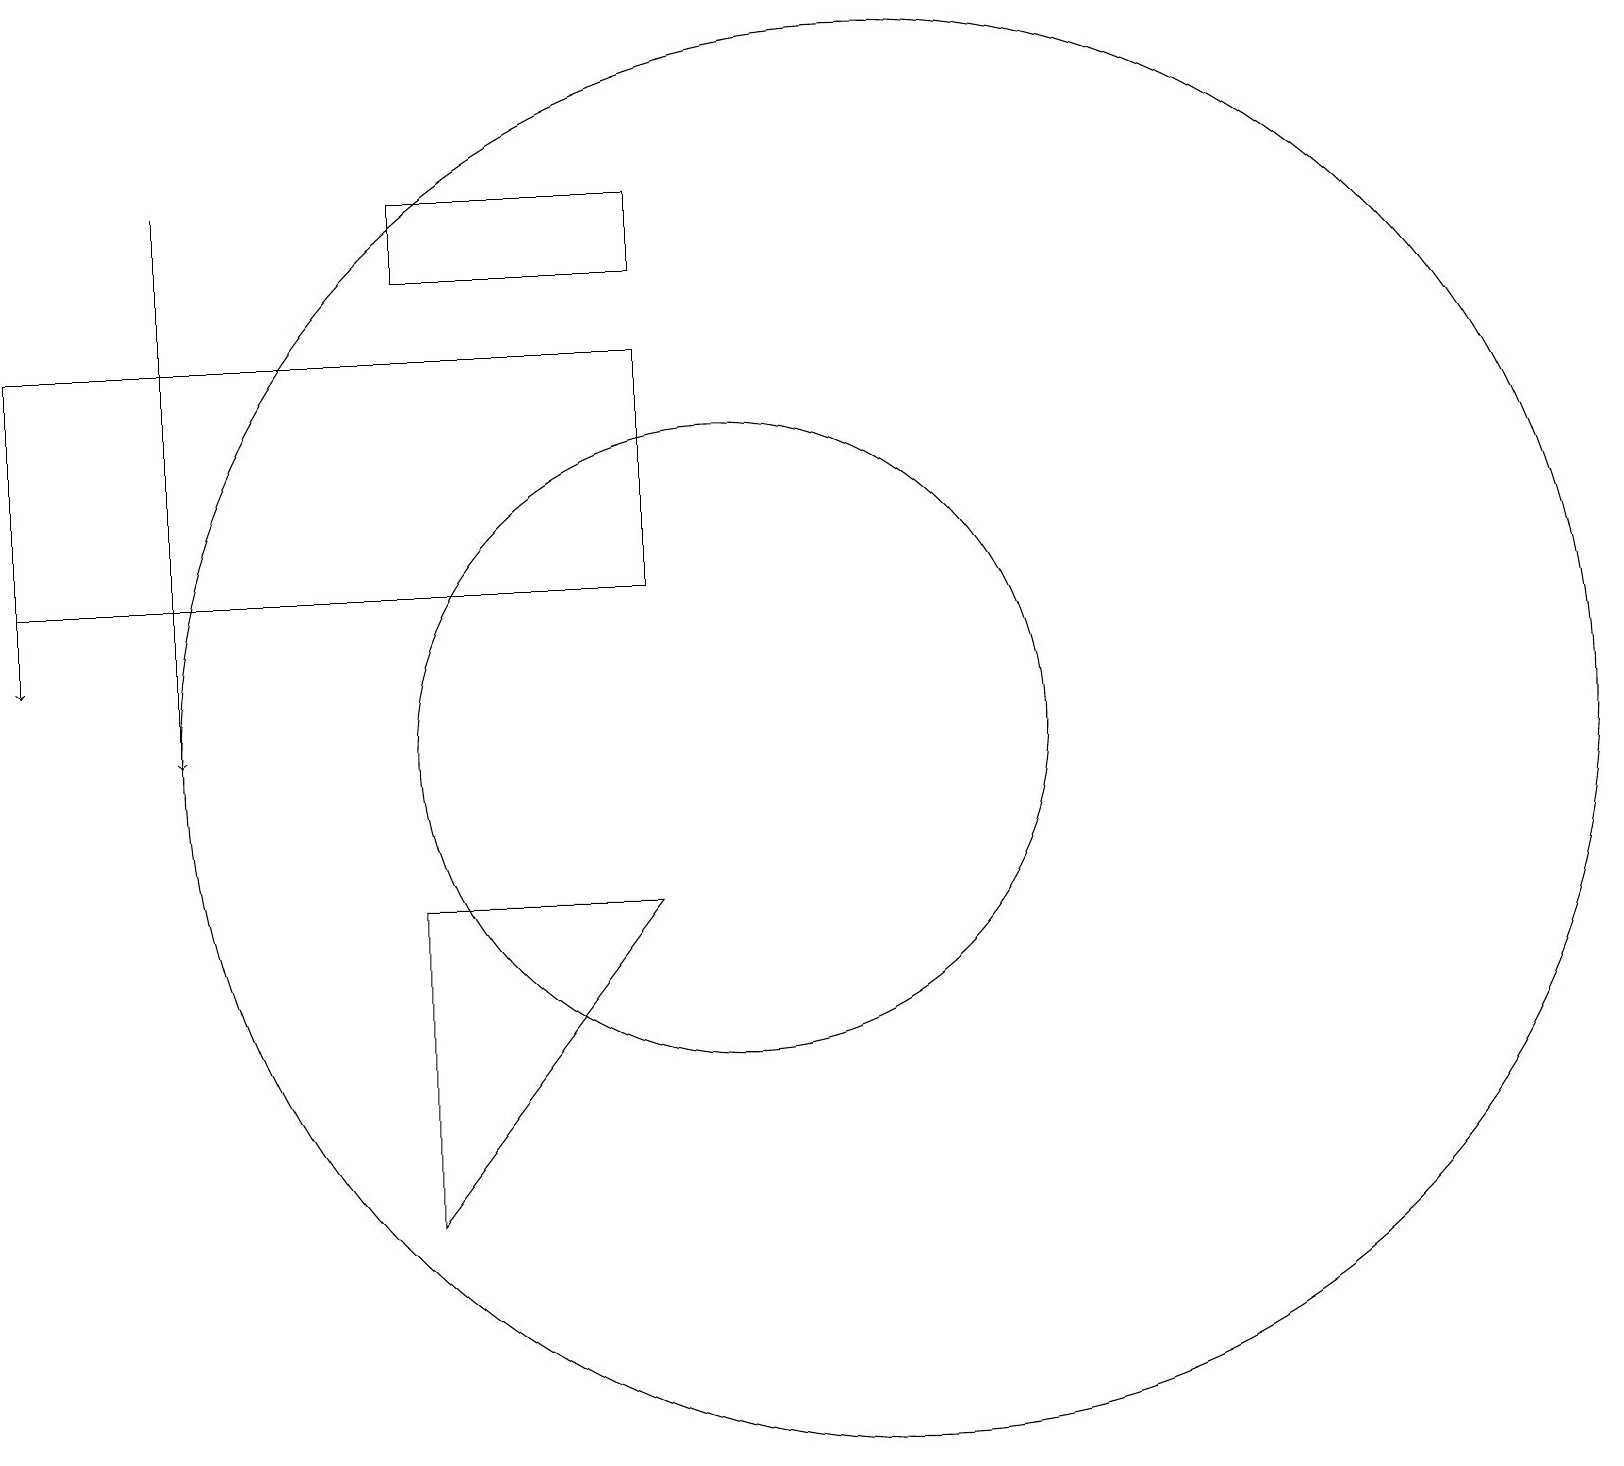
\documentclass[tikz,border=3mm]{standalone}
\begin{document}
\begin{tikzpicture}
\draw (10,11) circle (4);
\draw (1,16) rectangle (9,13);
\draw (6,9) -- (9,9) -- (6,5) -- cycle;
\draw (6,17) rectangle (9,18);
\draw (12,11) circle (9);
\draw[->] (1,15) -- (1,12);
\draw[->] (3,18) -- (3,11);
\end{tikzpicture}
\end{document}